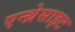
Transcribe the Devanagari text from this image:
एन्थ्रेसाइट